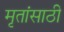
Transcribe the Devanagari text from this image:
मृतांसाठी